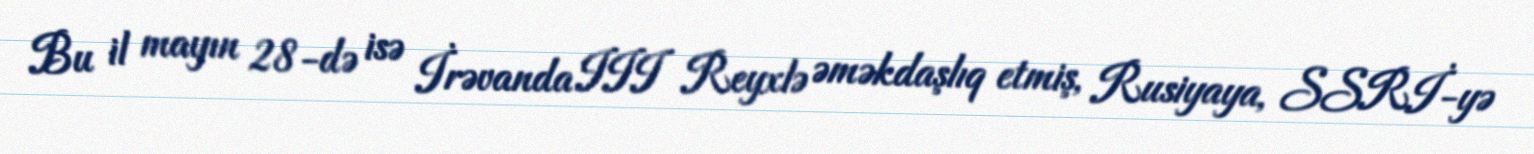
Bu il mayın 28-də isə İrəvanda III Reyxlə əməkdaşlıq etmiş, Rusiyaya, SSRİ-yə